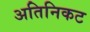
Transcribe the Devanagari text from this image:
अतिनिकट